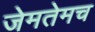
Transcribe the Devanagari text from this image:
जेमतेमच